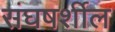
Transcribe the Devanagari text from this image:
संघषर्शील